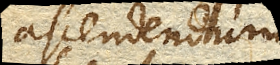
ascensum